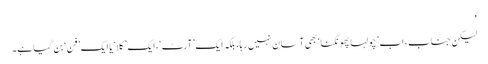
'
لیکن جناب، اب ’چولہا پھونکنا‘ بھی آسان نہیں رہا، بلکہ ایک ’آرٹ‘، ایک ’کلا‘ یا ایک ’فن‘ بن گیا ہے۔